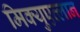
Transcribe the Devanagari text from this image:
मिक्युएत्लान